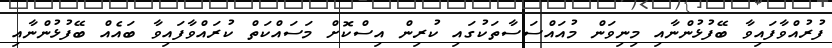
ފުރުއްވާފައިވާ ބޭފުޅުންނާއި މިނިވަން މުއައްސަސާތަކުގައި ކުރިން އިސްކޮށް މަސައްކަތް ކުރައްވާފައިވާ ބައެެއް ބޭފުޅުންނާއި